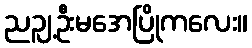
ညဉျ့ဦးမအေပြိုကလေး။